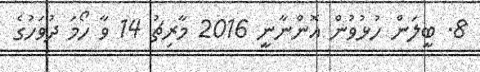
8. ބީލަން ހުޅުވުން އޮންނާނީ 2016 މާރިޗު 14 ވާ ހޯމަ ދުވަހުގެ